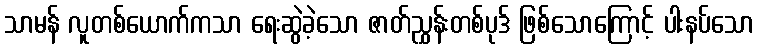
သာမန် လူတစ်ယောက်ကသာ ရေးဆွဲခဲ့သော ဇာတ်ညွှန်းတစ်ပုဒ် ဖြစ်သောကြောင့် ပါးနပ်သော